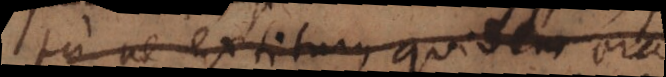
tu ne extiturus quidem oras.